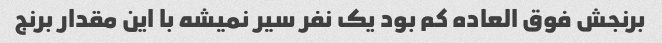
برنجش فوق العاده کم بود یک نفر سیر نمیشه با این مقدار برنج